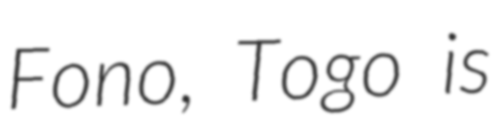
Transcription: Fono, Togo is